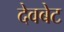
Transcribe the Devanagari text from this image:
देवबेट